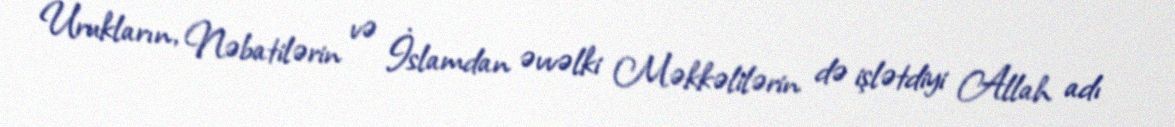
Urukların, Nəbatilərin və İslamdan əvvəlki Məkkəlilərin də işlətdiyi Allah adı